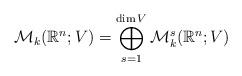
LaTeX: \begin{align*}\mathcal{M}_{k}(\mathbb{R}^{n};V)=\bigoplus_{s=1}^{\dim V}\mathcal{M}_{k}^{s}(\mathbb{R}^{n};V)\end{align*}